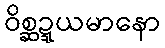
ဝိစ္ဆဍ္ဍယမာနော